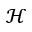
\mathcal { H }